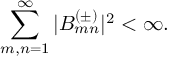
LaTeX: \sum _ { m , n = 1 } ^ { \infty } | B _ { m n } ^ { ( \pm ) } | ^ { 2 } < \infty .